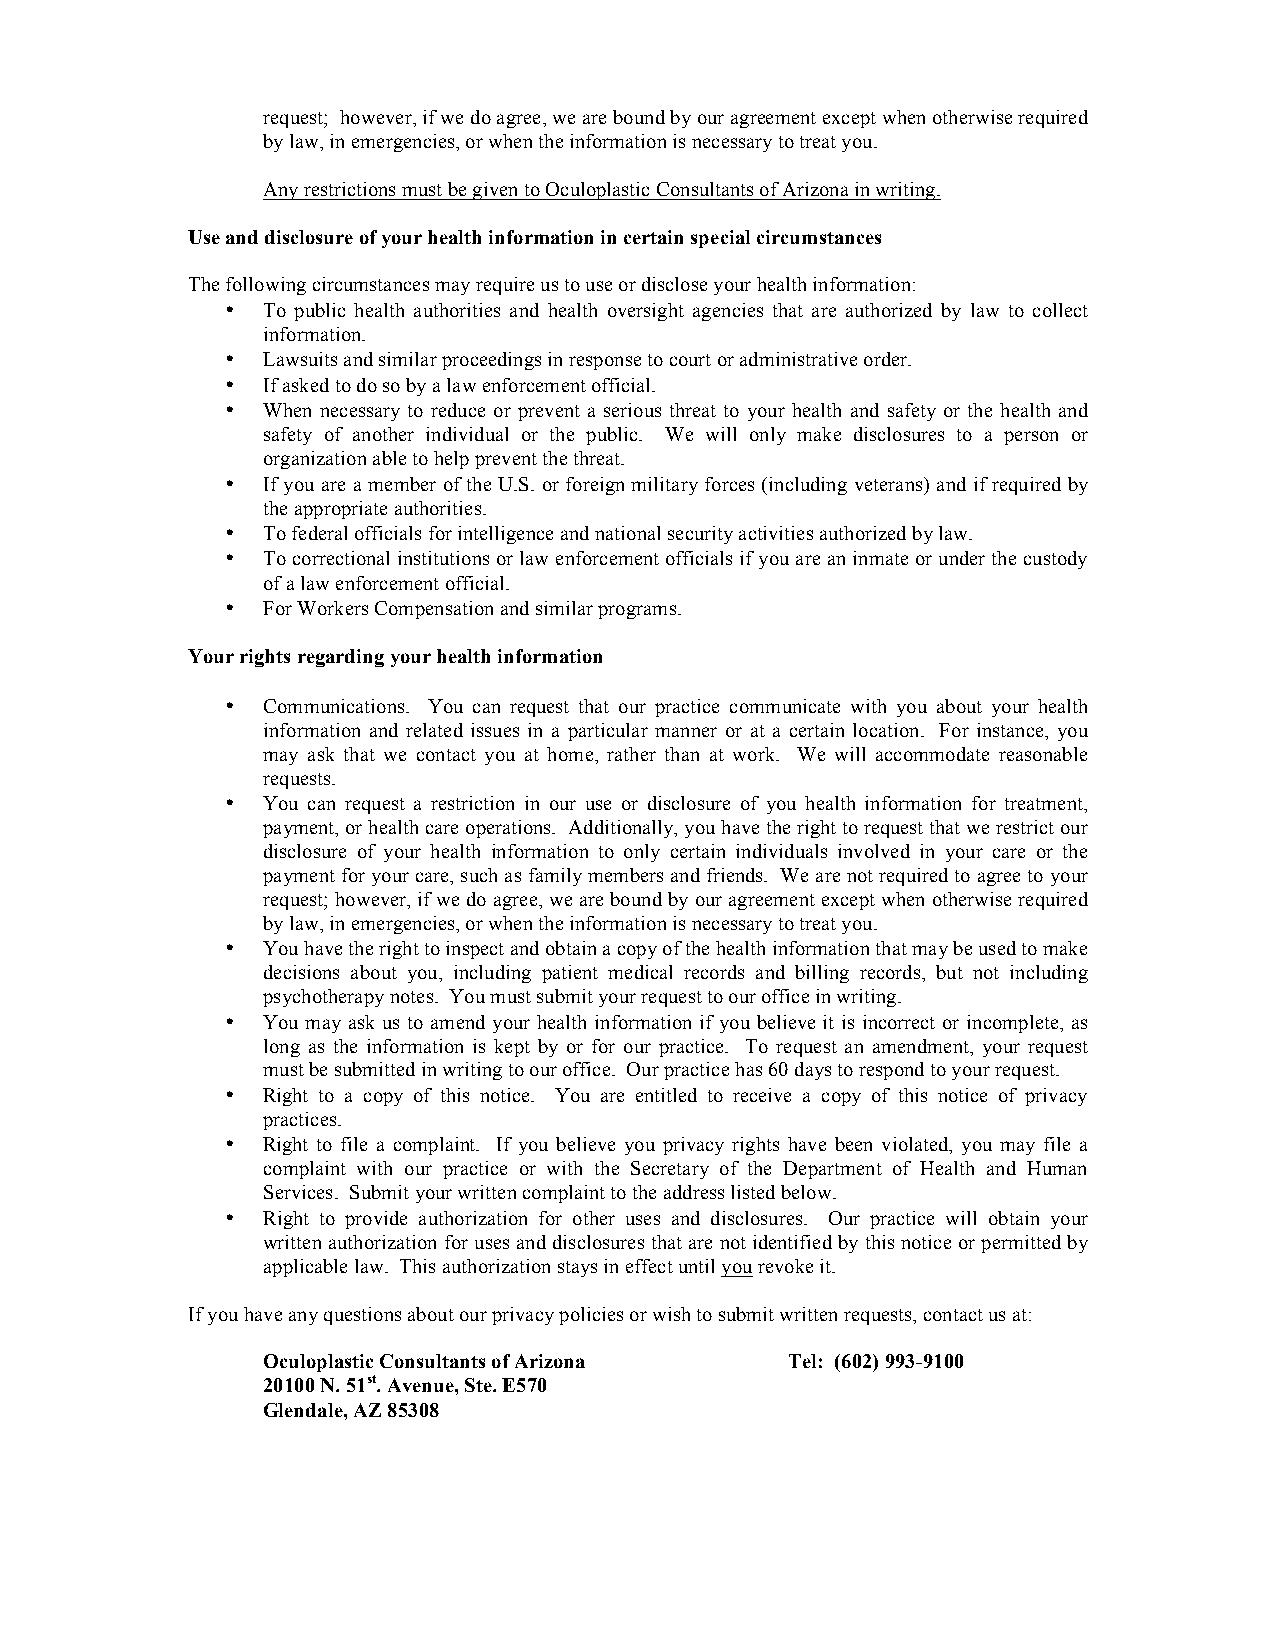
request; however, if we do agree, we are bound by our agreement except when otherwise required
 by law, in emergencies, or when the information is necessary to treat you.
 Any restrictions must be given to Oculoplastic Consultants of Arizona in writing.
 Use and disclosure of your health information in certain special circumstances
 The following circumstances may require us to use or disclose your health information:
 • To public health authorities and health oversight agencies that are authorized by law to collect
 information.
 • Lawsuits and similar proceedings in response to court or administrative order.
 • If asked to do so by a law enforcement official.
 • When necessary to reduce or prevent a serious threat to your health and safety or the health and
 safety of another individual or the public. We will only make disclosures to a person or
 organization able to help prevent the threat.
 • If you are a member of the U.S. or foreign military forces (including veterans) and if required by
 the appropriate authorities.
 • To federal officials for intelligence and national security activities authorized by law.
 • To correctional institutions or law enforcement officials if you are an inmate or under the custody
 of a law enforcement official.
 • For Workers Compensation and similar programs.
 Your rights regarding your health information
 • Communications. You can request that our practice communicate with you about your health
 information and related issues in a particular manner or at a certain location. For instance, you
 may ask that we contact you at home, rather than at work. We will accommodate reasonable
 requests.
 • You can request a restriction in our use or disclosure of you health information for treatment,
 payment, or health care operations. Additionally, you have the right to request that we restrict our
 disclosure of your health information to only certain individuals involved in your care or the
 payment for your care, such as family members and friends. We are not required to agree to your
 request; however, if we do agree, we are bound by our agreement except when otherwise required
 by law, in emergencies, or when the information is necessary to treat you.
 • You have the right to inspect and obtain a copy of the health information that may be used to make
 decisions about you, including patient medical records and billing records, but not including
 psychotherapy notes. You must submit your request to our office in writing.
 • You may ask us to amend your health information if you believe it is incorrect or incomplete, as
 long as the information is kept by or for our practice. To request an amendment, your request
 must be submitted in writing to our office. Our practice has 60 days to respond to your request.
 • Right to a copy of this notice. You are entitled to receive a copy of this notice of privacy
 practices.
 • Right to file a complaint. If you believe you privacy rights have been violated, you may file a
 complaint with our practice or with the Secretary of the Department of Health and Human
 Services. Submit your written complaint to the address listed below.
 • Right to provide authorization for other uses and disclosures. Our practice will obtain your
 written authorization for uses and disclosures that are not identified by this notice or permitted by
 applicable law. This authorization stays in effect until you revoke it.
 If you have any questions about our privacy policies or wish to submit written requests, contact us at:
 Oculoplastic Consultants of Arizona Tel: (602) 993-9100
 20100 N. 51st. Avenue, Ste. E570
 Glendale, AZ 85308